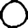
Digit: 0